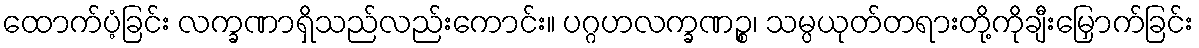
ထောက်ပံ့ခြင်း လက္ခဏာရှိသည်လည်းကောင်း။ ပဂ္ဂဟလက္ခဏဉ္စ၊ သမ္ပယုတ်တရားတို့ကိုချီးမြှောက်ခြင်း